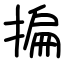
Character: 揙